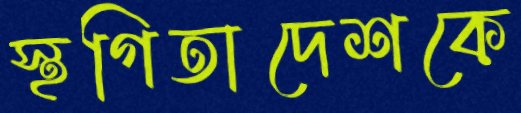
স্থগিতাদেশকে